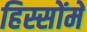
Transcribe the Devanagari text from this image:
हिस्सोंमें